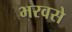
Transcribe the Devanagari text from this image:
भरवसे